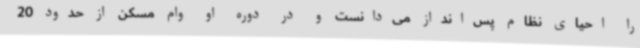
را احیای نظام پس‌انداز می‌دانست و در دوره او وام مسکن از حدود 20